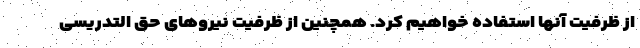
از ظرفیت آنها استفاده خواهیم کرد. همچنین از ظرفیت نیروهای حق التدریسی